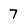
Character: 7